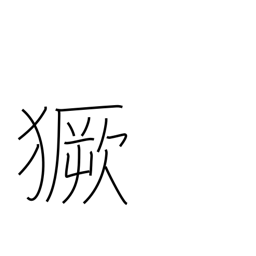
Meaning: storm around